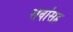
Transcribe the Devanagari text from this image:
सर्वांसह